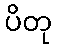
ပိတု